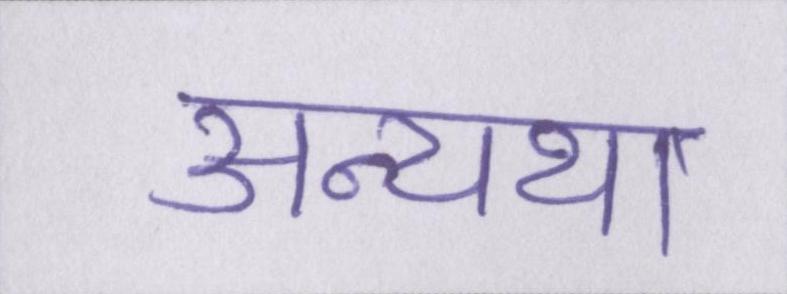
अन्यथा